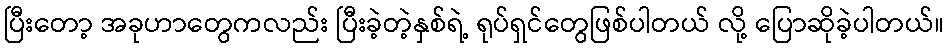
ပြီးတော့ အခုဟာတွေကလည်း ပြီးခဲ့တဲ့နှစ်ရဲ့ ရုပ်ရှင်တွေဖြစ်ပါတယ် လို့ ပြောဆိုခဲ့ပါတယ်။